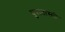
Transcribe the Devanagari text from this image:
पुरातास्सी